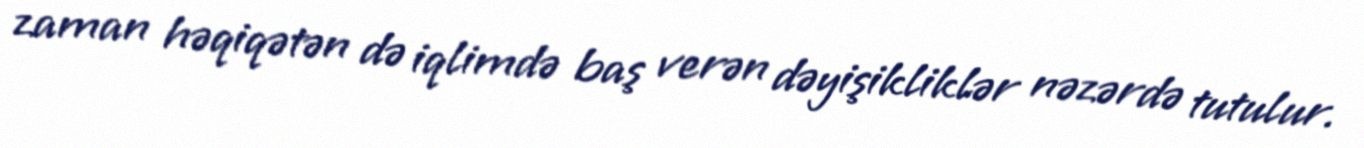
zaman həqiqətən də iqlimdə baş verən dəyişikliklər nəzərdə tutulur.